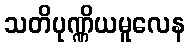
သတိပုဏ္ဏိယမူလေန